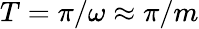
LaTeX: T=\pi/\omega\approx\pi/m